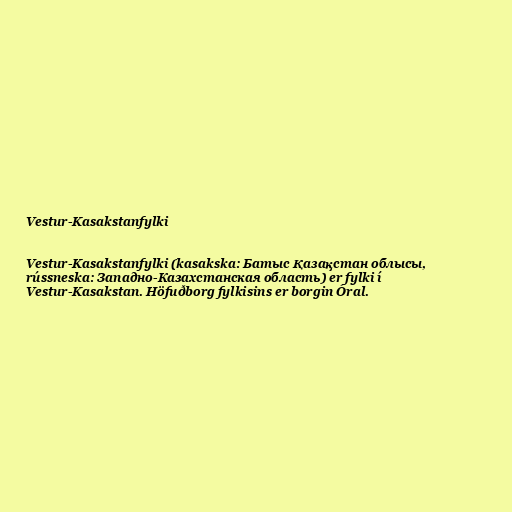
Vestur-Kasakstanfylki

Vestur-Kasakstanfylki (kasakska: Батыс Қазақстан облысы,
rússneska: Западно-Казахстанская область) er fylki í
Vestur-Kasakstan. Höfuðborg fylkisins er borgin Óral.